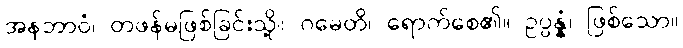
အနဘာဝံ၊ တဖန်မဖြစ်ခြင်းသို့။ ဂမေတိ၊ ရောက်စေ၏။ ဥပ္ပန္နံ၊ ဖြစ်သော။